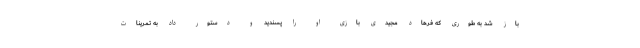
باز شد به طوری که فرهاد مجیدی بازی او را پسندید و دستور داد به تمرینات